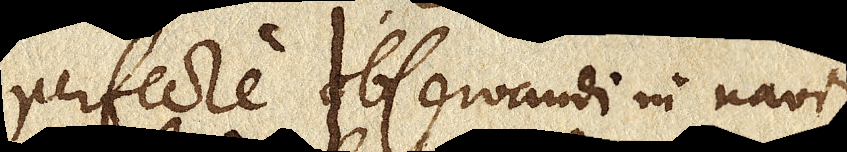
perfecte observandi in navi,